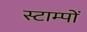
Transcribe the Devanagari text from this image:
स्टाम्पों